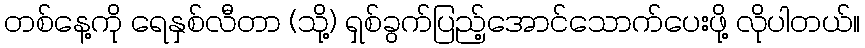
တစ်နေ့ကို ရေနှစ်လီတာ (သို့) ရှစ်ခွက်ပြည့်အောင်သောက်ပေးဖို့ လိုပါတယ်။